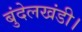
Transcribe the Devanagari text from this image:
बुंदेलखंडी।